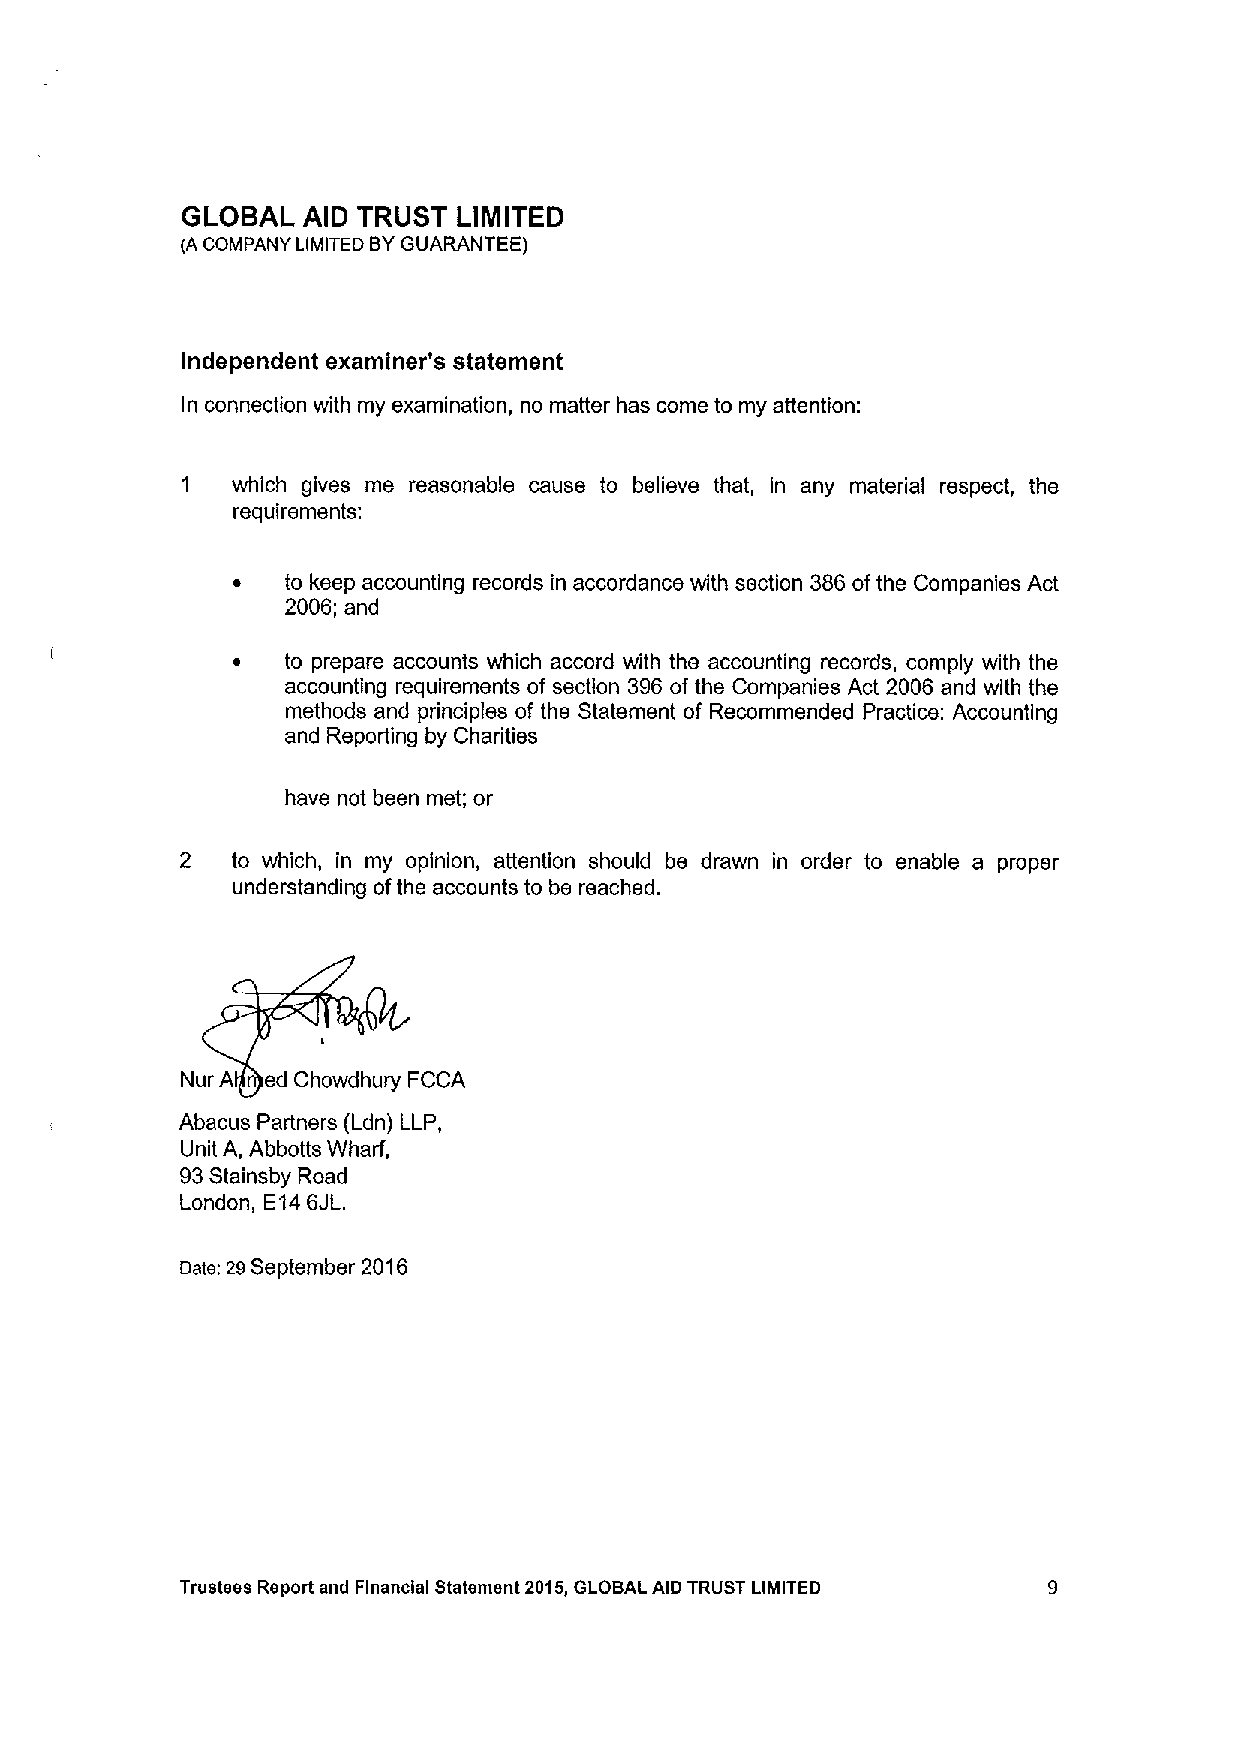
GLOBAL  AID TRUST LIMITED
 (A COMPANY LIMITED BYGUARANTEE)
 Independent examiner's statement
 In connection with my examination, no matter has come to my attention:
 1  which gives me reasonable cause to believe that, in any material respect, the
 requirements:
 ~   to keep accounting records in accordance with section 386ofthe Companies Act
 2006; and
 ~   to prepare accounts which accord with the accounting records, comply with the
 accounting requirements of section 396of the Companies Act 2006 and with the
 methods and principles of the Statement of Recommended Practice: Accounting
 and Reporting by Charities
 have not been met; or
 2  to which, in my opinion, attention should be drawn in order to enable a proper
 understanding ofthe accounts to be reached.
 Nur A ed Chowdhury FCCA
 Abacus Partners (Ldn) LLP,
 Unit A, Abbotts Wharf,
 93Stainsby Road
 London, E146JL.
 Date; 20September 2016
 Trustees Report and Flnanctal Statement 2015,GLOBAL AID TRUST LIMITED